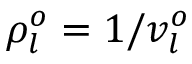
\rho _ { l } ^ { o } = 1 / v _ { l } ^ { o }